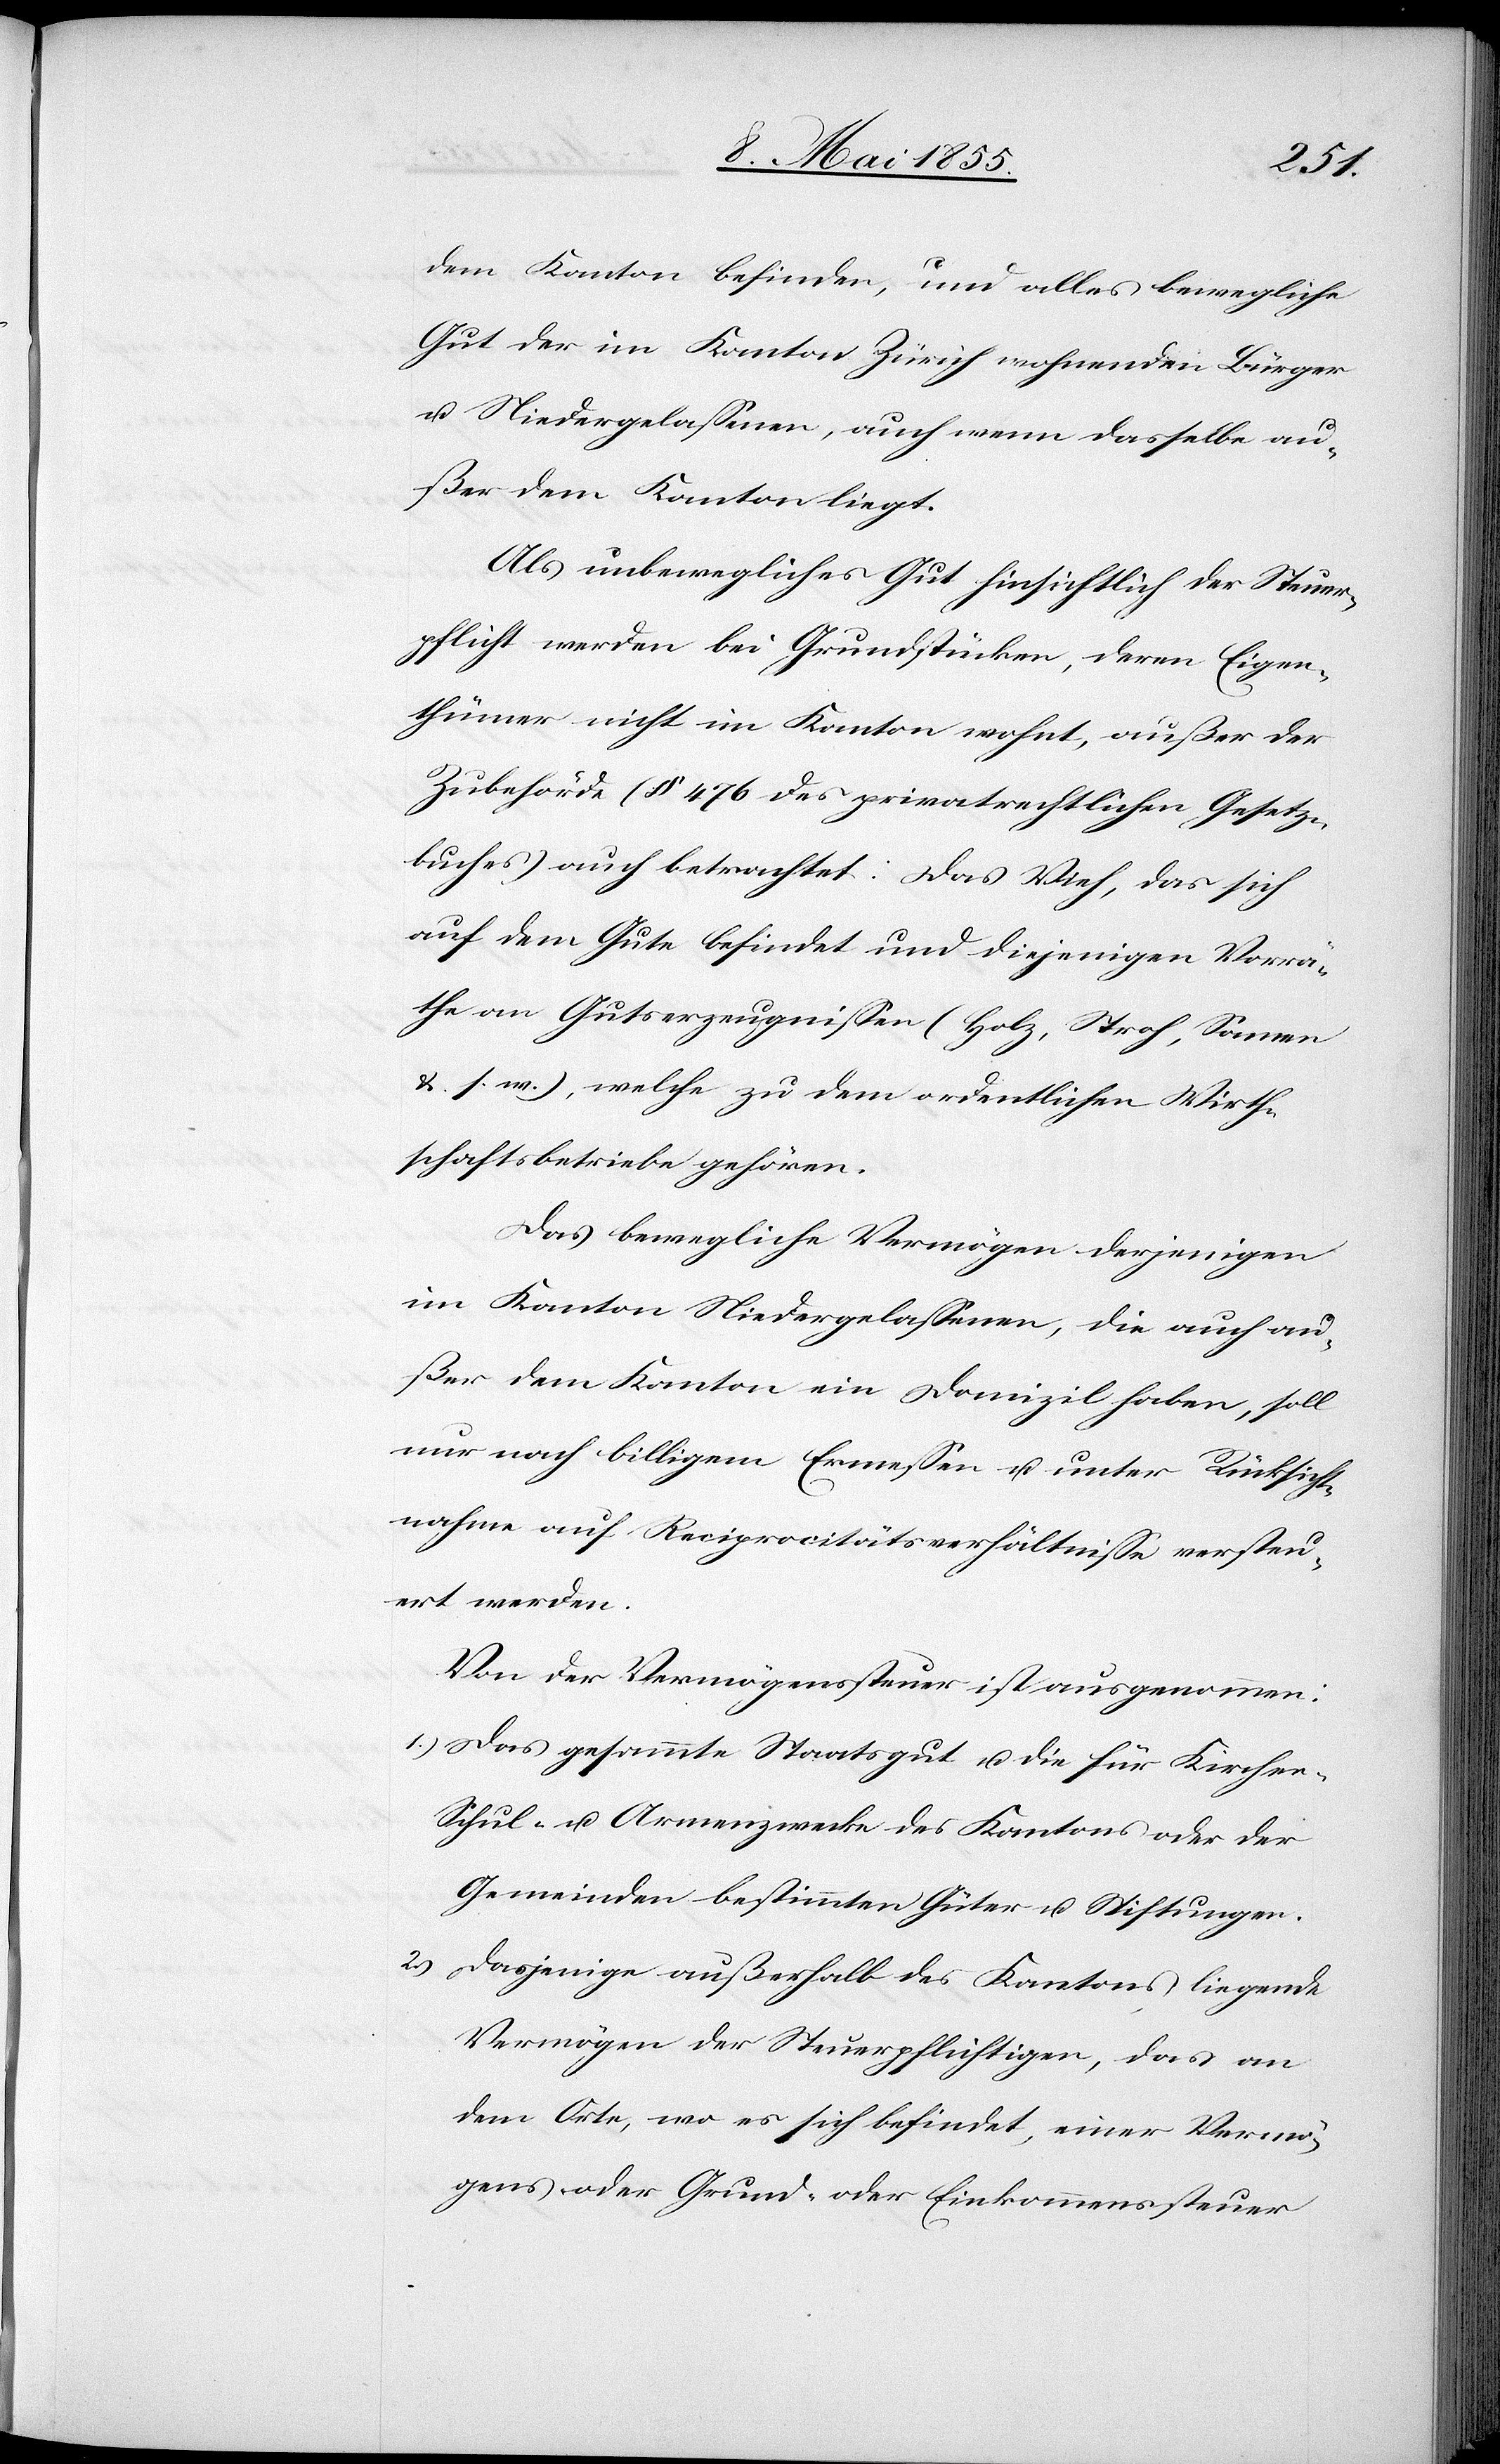
dem Kanton befinden, und alles bewegliche
Gut der im Kanton Zürich wohnenden Bürger
u. Niedergelassenen, auch wenn dasselbe au¬
ßer dem Kanton liegt.
Als unbewegliches Gut hinsichtlich der Steuer¬
pflicht werden bei Grundstücken, deren Eigen¬
thümer nicht im Kanton wohnt, außer der
Zubehörde (§ 476 des privatrechtlichen Gesetz¬
buches) auch betrachtet: Das Vieh, das sich
auf dem Gute befindet und diejenigen Vorrä¬
the an Gutserzeugnissen (Holz, Stroh, Samen
&. s. w.), welche zu dem ordentlichen Wirth¬
schaftsbetriebe gehören.
Das bewegliche Vermögen derjenigen
im Kanton Niedergelassenen, die auch au¬
ßer dem Kanton ein Domizil haben, soll
nur nach billigem Ermessen u. unter Rücksicht¬
nahme auf Reciprocitätsverhältnisse versteu¬
ert werden.
Von der Vermögenssteuer ist ausgenommen:
Das gesammte Staatsgut u. die für Kirchen-[,]
Schul- u. Armenzwecke des Kantons oder der
Gemeinden bestimmten Güter u. Stiftungen.
Dasjenige außerhalb des Kantons liegende
Vermögen der Steuerpflichtigen, das an
dem Orte, wo es sich befindet, einer Vermö¬
gens- oder Grund- oder Einkommenssteuer